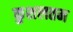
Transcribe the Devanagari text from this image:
कुशलतम